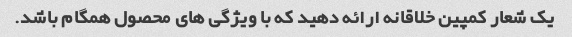
یک شعار کمپین خلاقانه ارائه دهید که با ویژگی های محصول همگام باشد.